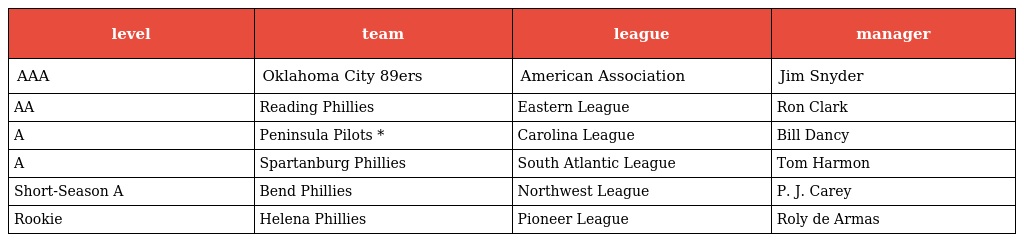
| level | team | league | manager |
 | --- | --- | --- | --- |
 | AAA | Oklahoma City 89ers | American Association | Jim Snyder |
 | AA | Reading Phillies | Eastern League | Ron Clark |
 | A | Peninsula Pilots * | Carolina League | Bill Dancy |
 | A | Spartanburg Phillies | South Atlantic League | Tom Harmon |
 | Short-Season A | Bend Phillies | Northwest League | P. J. Carey |
 | Rookie | Helena Phillies | Pioneer League | Roly de Armas |